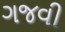
ગજવી